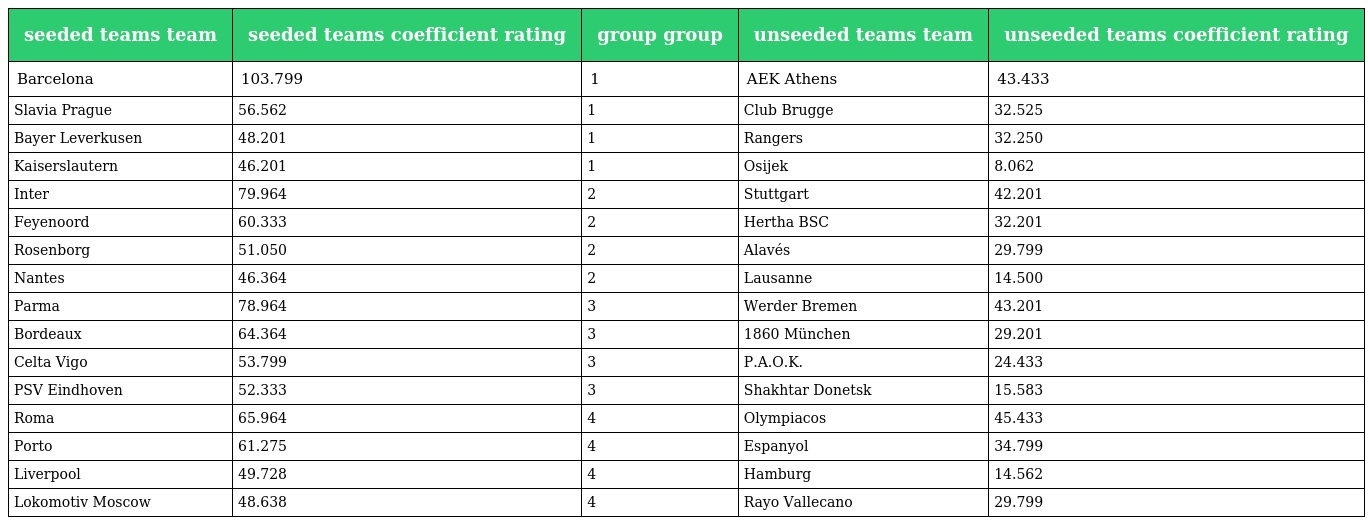
| seeded teams team | seeded teams coefficient rating | group group | unseeded teams team | unseeded teams coefficient rating |
 | --- | --- | --- | --- | --- |
 | Barcelona | 103.799 | 1 | AEK Athens | 43.433 |
 | Slavia Prague | 56.562 | 1 | Club Brugge | 32.525 |
 | Bayer Leverkusen | 48.201 | 1 | Rangers | 32.250 |
 | Kaiserslautern | 46.201 | 1 | Osijek | 8.062 |
 | Inter | 79.964 | 2 | Stuttgart | 42.201 |
 | Feyenoord | 60.333 | 2 | Hertha BSC | 32.201 |
 | Rosenborg | 51.050 | 2 | Alavés | 29.799 |
 | Nantes | 46.364 | 2 | Lausanne | 14.500 |
 | Parma | 78.964 | 3 | Werder Bremen | 43.201 |
 | Bordeaux | 64.364 | 3 | 1860 München | 29.201 |
 | Celta Vigo | 53.799 | 3 | P.A.O.K. | 24.433 |
 | PSV Eindhoven | 52.333 | 3 | Shakhtar Donetsk | 15.583 |
 | Roma | 65.964 | 4 | Olympiacos | 45.433 |
 | Porto | 61.275 | 4 | Espanyol | 34.799 |
 | Liverpool | 49.728 | 4 | Hamburg | 14.562 |
 | Lokomotiv Moscow | 48.638 | 4 | Rayo Vallecano | 29.799 |